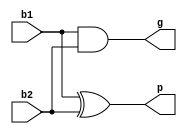
/* ACM Class System (I) Fall Assignment 1 
 *
 *
 * Implement your naive adder here
 * 
 * GUIDE:
 *   1. Create a RTL project in Vivado
 *   2. Put this file into `Sources'
 *   3. Put `test_adder.v' into `Simulation Sources'
 *   4. Run Behavioral Simulation
 *   5. Make sure to run at least 100 steps during the simulation (usually 100ns)
 *   6. You can see the results in `Tcl console'
 *
 */


module pc_cal(
	input b1,
	input b2,
	output p,
	output g
	);
assign p = b1 ^ b2;
assign g = b1 & b2;

endmodule

module lca_4bit(
	input 	[3:0] a1,
	input 	[3:0] b1,
	input   cain,
	output 	[3:0]sum,
	output  caout
);
wire [3:0] p;
wire [3:0] g;
wire [4:0] c;
genvar i;
generate
	for(i = 0;i<4;i = i+1) begin
	  pc_cal pc_call(
		.b1		(a1[i]),
		.b2		(b1[i]),
		.p		(p[i]),
		.g		(g[i])
	  );
	end
endgenerate
assign c[0] = cain;
assign c[1] = g[0] | cain&p[0];
assign c[2] = g[1] | g[0]&p[1] | cain&p[1]&p[0];
assign c[3] = g[2] | g[1]&p[2] | g[0]&p[2]&p[1] | cain&p[2]&p[1]&p[0];
assign c[4] = g[3] | g[2]&p[3] | g[1]&p[3]&p[2] | g[0]&p[3]&p[2]&p[1] | cain&p[3]&p[2]&p[1]&p[0];
assign caout = c[4];
assign sum[0] = p[0] ^ c[0];
assign sum[1] = p[1] ^ c[1];
assign sum[2] = p[2] ^ c[2];
assign sum[3] = p[3] ^ c[3];


endmodule

module Add(
	input  [31:0] a,
	input  [31:0] b,
	output [31:0] sum
);

wire [32:0] carrys;
assign carrys[0] = 0;

genvar i;
generate
	for(i = 0;i<32;i = i+4) begin
		lca_4bit lca_4bit(
			.a1		(a[i+3:i]),
			.b1 	(b[i+3:i]),
			.cain 	(carrys[i]),
			.sum 	(sum[i+3:i]),
			.caout 	(carrys[i+4])
		);
	end
	
endgenerate



	// TODO: Implement this module here
	
endmodule